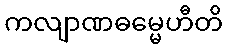
ကလျာဏဓမ္မေဟီတိ